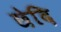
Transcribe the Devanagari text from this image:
छेदि